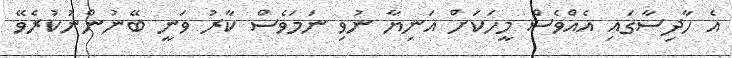
އެ ހާދިސާގައި އެއްވެސް މީހަކަށް އަނިޔާ ނުވި ނަމަވެސް ކާރު ވަނީ ބޭނުންނުކުރެވޭ